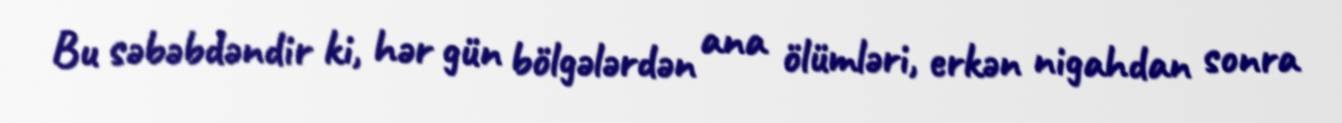
Bu səbəbdəndir ki, hər gün bölgələrdən ana ölümləri, erkən nigahdan sonra